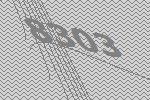
8303